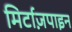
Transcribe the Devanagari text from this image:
मिर्टाज़पाइन